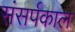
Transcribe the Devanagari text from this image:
संसर्पकाल